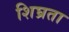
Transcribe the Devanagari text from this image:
शिघ्रता